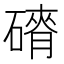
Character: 𮀾